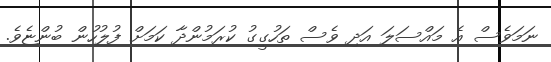
ނަމަވެސް އެ މައްސަލަ އަދި ވެސް ތަހުގީގު ކުރަމުންދާ ކަމަށް ފުލުހުން ބުންޏެވެ.